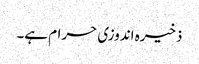
ذخیرہ اندوزی حرام ہے۔